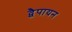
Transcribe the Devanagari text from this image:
द्वेैपायन